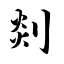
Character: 剡